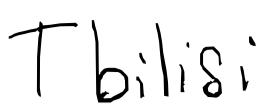
Text: Tbilisi
Cross-out: clean
Writing tool: digital_black